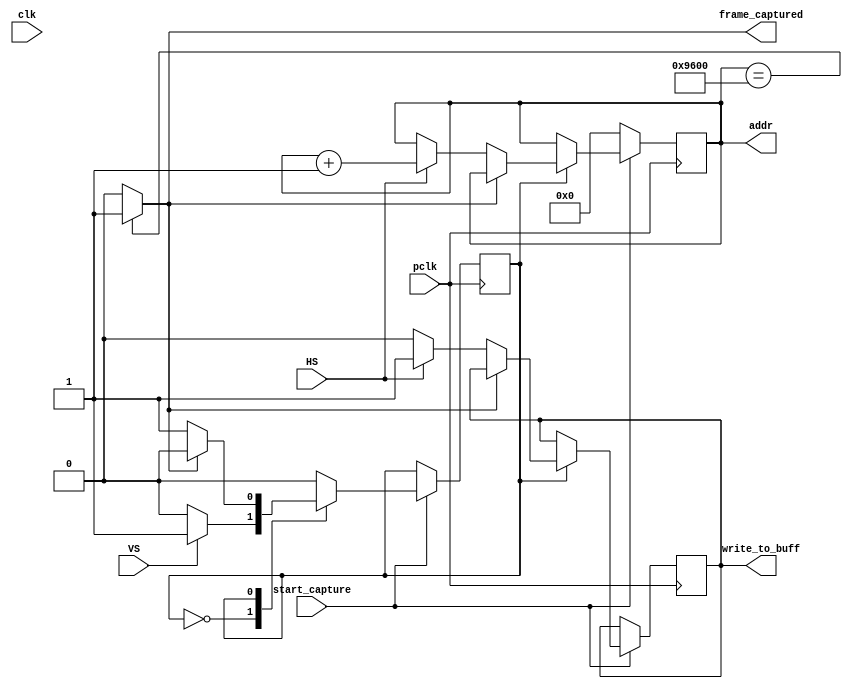


 module frame_capture #( parameter H_RES = 160,             
 				         parameter TOTAL_COL = (H_RES)*2,    
 				         parameter TOTAL_ROW = 120,         
				         parameter BUFF_BITS = 16         
				       )	

     (   
         input wire clk,
		 input wire HS,
		 input wire VS,
		 input wire pclk,
         input wire start_capture,             
		 output reg [(BUFF_BITS - 1):0] addr,   
		 output reg write_to_buff,              
		 output wire frame_captured              
	 );



 assign frame_captured = (addr == (TOTAL_COL*TOTAL_ROW))? 1'b1 : 1'b0;

 parameter idle = 1'b0,
 		   capture_data = 1'b1;

 reg cap_state = idle;

 always @(posedge pclk)
 begin
 if(start_capture)
 begin	
 	case(cap_state)
		idle:	begin
					if(VS)                                      
						cap_state <= capture_data;
				end

		capture_data:	begin
	                        if(!frame_captured)
	                    	begin		
		                        write_to_buff <= 1'b0;
		                        if(HS)					
		                            begin				
	                        			write_to_buff <= 1'b1;  
				                        addr <= addr + 1'b1;   
			                        end
		                    end
		                    else 
			                    cap_state <= idle;
	                    end
	endcase
 end
 else
    addr <= {(BUFF_BITS){1'b0}};
 end






endmodule